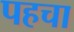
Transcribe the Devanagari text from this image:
पहचा